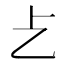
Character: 𠧒